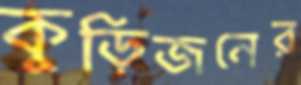
কুড়িজনের